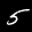
Label: 5